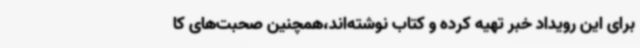
برای این رویداد خبر تهیه کرده و کتاب نوشته‌اند،همچنین صحبت‌های کا